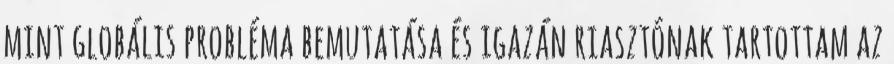
mint globális probléma bemutatása és igazán riasztónak tartottam az